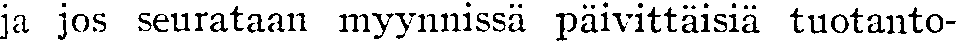
ja jos seurataan myynnissä päivittäisiä tuotanto-